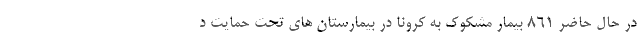
در حال حاضر ۸۶۱ بیمار مشکوک به کرونا در بیمارستان های تحت حمایت د